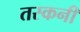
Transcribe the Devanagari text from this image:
तस्कनी